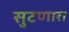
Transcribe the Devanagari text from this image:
सुटणारा